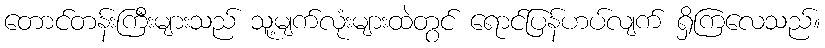
တောင်တန်းကြီးများသည် သူ့မျက်လုံးများထဲတွင် ရောင်ပြန်ဟပ်လျက် ရှိကြလေသည်။